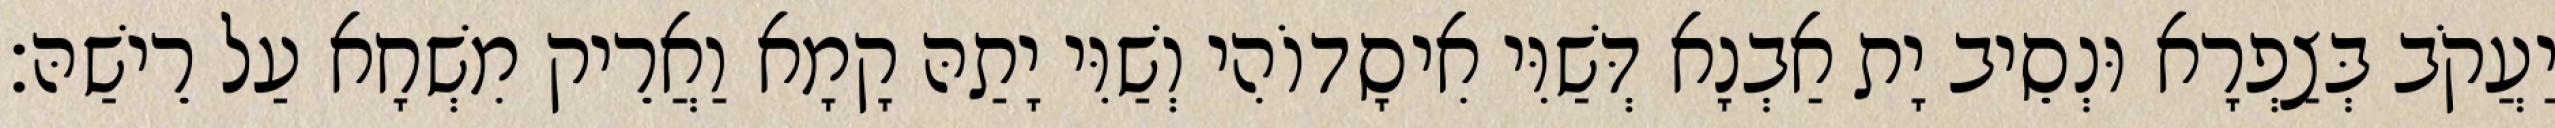
יַעֲקֹב בְּצַפְרָא וּנְסֵיב יָת אַבְנָא דְּשַׁוִּי אִיסָדוֹהִי וְשַׁוִּי יָתַהּ קָמָא וַאֲרֵיק מִשְׁחָא עַל רֵישַׁהּ׃